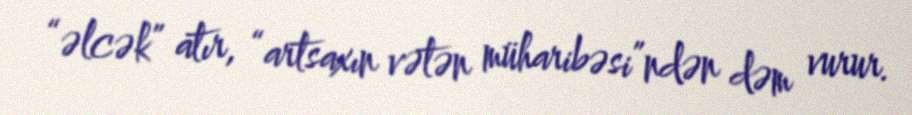
“əlcək” atır, “artsaxın vətən müharibəsi”ndən dəm vurur.